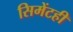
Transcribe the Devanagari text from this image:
सिमेंटही